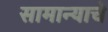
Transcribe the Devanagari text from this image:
सामान्याचे